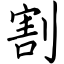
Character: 割